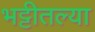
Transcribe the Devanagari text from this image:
भट्टीतल्या